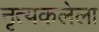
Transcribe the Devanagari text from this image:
नृत्यकलेला